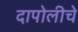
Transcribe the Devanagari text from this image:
दापोलीचे